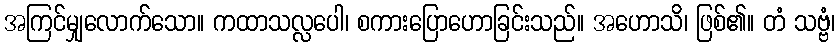
အကြင်မျှလောက်သော။ ကထာသလ္လပေါ၊ စကားပြောဟောခြင်းသည်။ အဟောသိ၊ ဖြစ်၏။ တံ သဗ္ဗံ၊